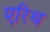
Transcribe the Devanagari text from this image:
एरिथ